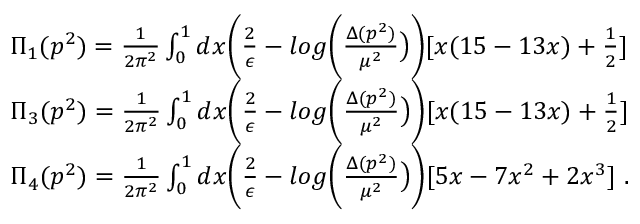
\begin{array} { r l } & { \Pi _ { 1 } ( p ^ { 2 } ) = \frac { 1 } { 2 \pi ^ { 2 } } \int _ { 0 } ^ { 1 } d x \biggl ( \frac { 2 } { \epsilon } - l o g \biggl ( \frac { \Delta ( p ^ { 2 } ) } { \mu ^ { 2 } } \bigr ) \biggr ) [ x ( 1 5 - 1 3 x ) + \frac { 1 } { 2 } ] } \\ & { \Pi _ { 3 } ( p ^ { 2 } ) = \frac { 1 } { 2 \pi ^ { 2 } } \int _ { 0 } ^ { 1 } d x \biggl ( \frac { 2 } { \epsilon } - l o g \biggl ( \frac { \Delta ( p ^ { 2 } ) } { \mu ^ { 2 } } \bigr ) \biggr ) [ x ( 1 5 - 1 3 x ) + \frac { 1 } { 2 } ] } \\ & { \Pi _ { 4 } ( p ^ { 2 } ) = \frac { 1 } { 2 \pi ^ { 2 } } \int _ { 0 } ^ { 1 } d x \biggl ( \frac { 2 } { \epsilon } - l o g \biggl ( \frac { \Delta ( p ^ { 2 } ) } { \mu ^ { 2 } } \bigr ) \biggr ) [ 5 x - 7 x ^ { 2 } + 2 x ^ { 3 } ] \ . } \end{array}